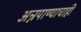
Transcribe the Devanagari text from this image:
अन्नपाण्याचाही